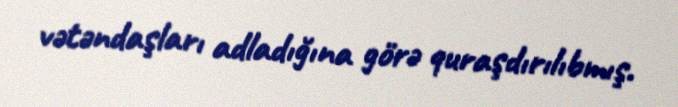
vətəndaşları adladığına görə quraşdırılıbmış.